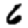
Digit: 6